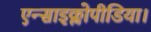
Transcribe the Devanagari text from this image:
एन्साइक्लोपीडिया।